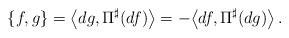
LaTeX: \begin{align*} \{f,g\}=\bigl\langle dg,\Pi^\sharp(df)\bigr\rangle =-\bigl\langle df,\Pi^\sharp(dg)\bigr\rangle\,. \end{align*}